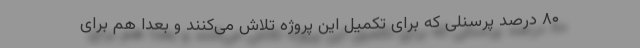
۸۰ درصد پرسنلی که برای تکمیل این پروژه تلاش می‌کنند و بعدا هم برای